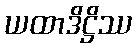
ယထာဒိဋ္ဌိဿ